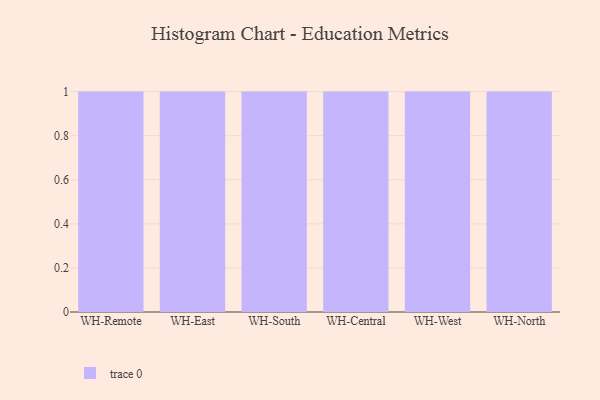
{"axis": {"x": "Warehouse", "y": "Market Share (%)"}, "legend": [""], "data": [{"x": "WH-Remote", "y": 92, "type": ""}, {"x": "WH-East", "y": 55, "type": ""}, {"x": "WH-South", "y": 99, "type": ""}, {"x": "WH-Central", "y": 32, "type": ""}, {"x": "WH-West", "y": 13, "type": ""}, {"x": "WH-North", "y": 43, "type": ""}]}